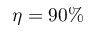
\eta = 9 0 \%